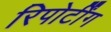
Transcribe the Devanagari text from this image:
रिपोर्टींग